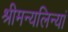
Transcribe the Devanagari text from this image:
श्रीमन्यलिन्यां